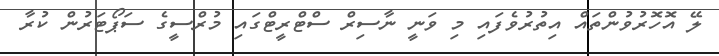
ލޭ އޮހޮރުވުންތައް އިތުރުވެފައި މި ވަނީ ނާސިރް ސްޓްރީޓްގައި މުރްސީގެ ސަޕޯޓަރުން ކުރާ